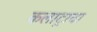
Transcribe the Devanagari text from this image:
कलाट्रावा